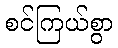
စင်ကြယ်စွာ